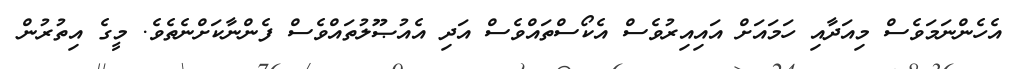
އެހެންނަމަވެސް މިއަދާއި ހަމައަށް އައިއިރުވެސް އެކޯސްތައްވެސް އަދި އެއުޞޫލުތައްވެސް ފެންނާކަށްނެތެވެ. މީގެ އިތުރުން